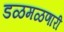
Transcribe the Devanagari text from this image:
डळमळणारी